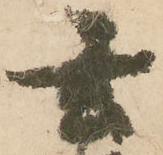
玄